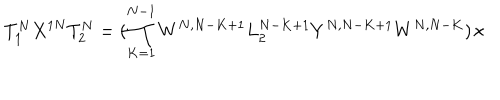
T _ { 1 } ^ { N } X ^ { 1 N } T _ { 2 } ^ { N } = ( \prod _ { K = 1 } ^ { N - 1 } W ^ { N , N - K + 1 } L _ { 2 } ^ { N - K + 1 } Y ^ { N , N - K + 1 } W ^ { N , N - K } ) \times